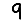
Digit: 9